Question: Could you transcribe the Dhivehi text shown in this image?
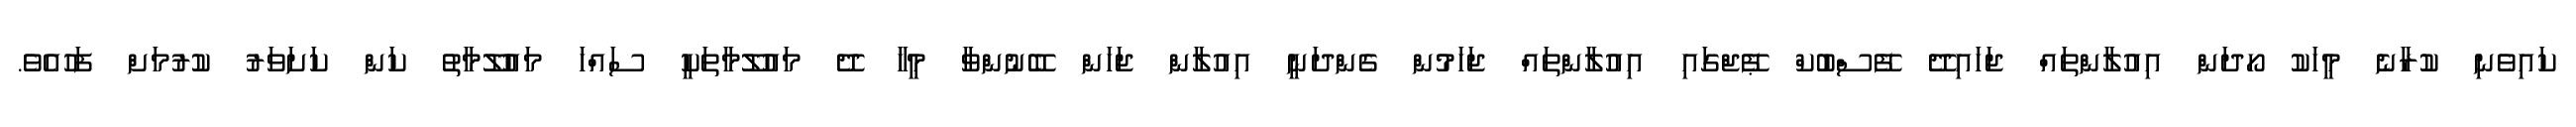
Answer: ކައިވެނި ކުރާނެ މީހަކު ހޯދަން އިއުލާންތައް ޖަހައިދޭ ފޭސްބުކް ޕޭޖްގައި އިއުލާންތައް ޖަހަމުން ގެންދަނީ އިއުލާން ޖަހަން ބޭނުންވާ މީހާ ދޭ މައުލޫމާތަކީ ސައްހަ މައުލޫމާތު ކަން ކަށަވަރު ކުރުމަށް ފަހުއެވެ.